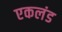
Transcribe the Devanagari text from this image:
एकलंड